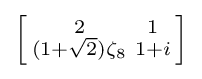
\left[{\begin{smallmatrix}2&1\\(1+{\sqrt {2}})\zeta _{8}&1+i\end{smallmatrix}}\right]